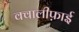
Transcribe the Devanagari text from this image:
क्वालीफ़ाई